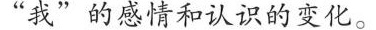
“我”的感情和认识的变化。